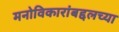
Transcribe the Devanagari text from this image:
मनोविकारांबद्दलच्या